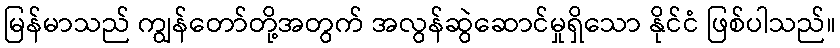
မြန်မာသည် ကျွန်တော်တို့အတွက် အလွန်ဆွဲဆောင်မှုရှိသော နိုင်ငံ ဖြစ်ပါသည်။